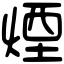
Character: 煙